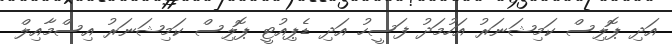
އަދި ޕޮލިސް ކަމިޝަނަރު އަހުމަދު ފަސީހު އަދި ޑެޕިއުޓީ ޕޮލިސް ކަމިޝަނަރު އިސްމާއިލް